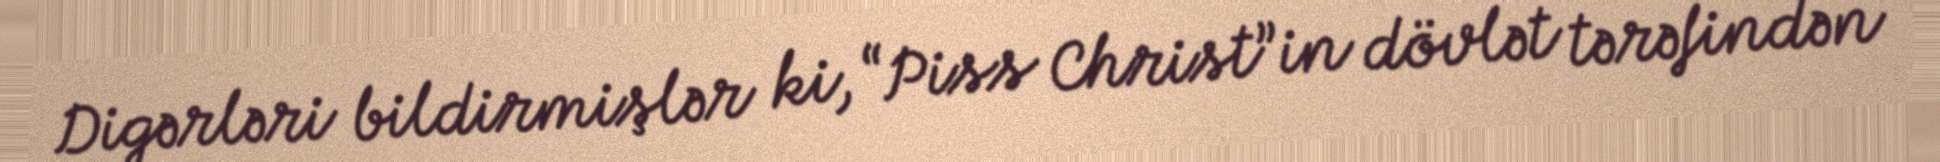
Digərləri bildirmişlər ki, “Piss Christ”in dövlət tərəfindən